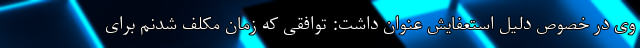
وی در خصوص دلیل استعفایش عنوان داشت: توافقی که زمان مکلف شدنم برای